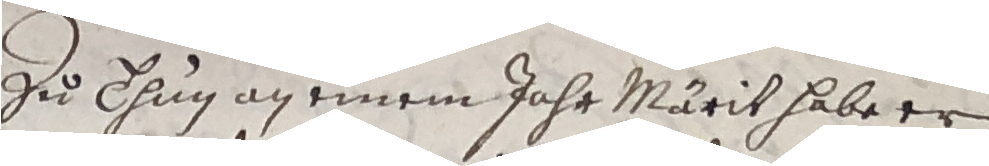
zu Thun an einem jahr Märit habe er